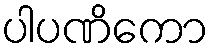
ပါပဏိကော